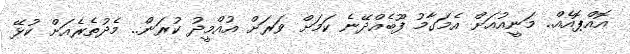
އޮއްޕޮއެއް.. މަނީއުއަށް އެމަގާމު ފޫބެއްދޭނެ ކަމަށް ވަރަށް އުއްމީދު ކުރަން.. މެދުތެރެއަށް ކުޅޭ